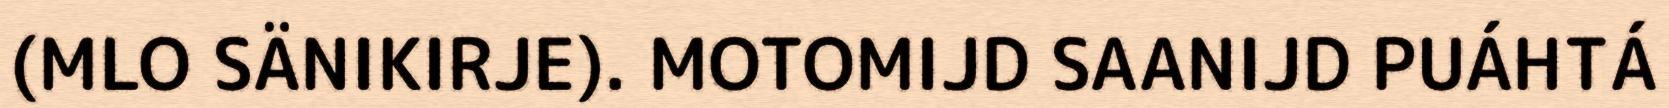
(MLO SÄNIKIRJE). MOTOMIJD SAANIJD PUÁHTÁ